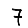
Digit: 7